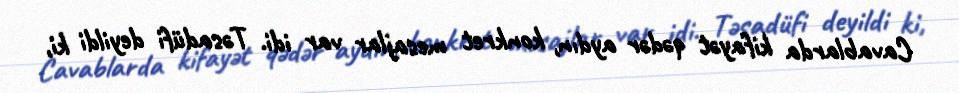
Cavablarda kifayət qədər aydın, konkret mesajlar var idi. Təsadüfi deyildi ki,